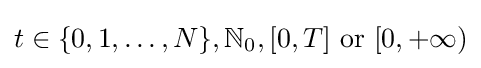
t\in \{0,1,\dots ,N\},\mathbb {N} _{0},[0,T]{\mbox{ or }}[0,+\infty )